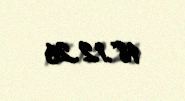
18.12.26